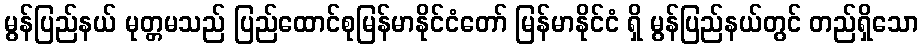
မွန်ပြည်နယ် မုတ္တမသည် ပြည်ထောင်စုမြန်မာနိုင်ငံတော် မြန်မာနိုင်ငံ ရှိ မွန်ပြည်နယ်တွင် တည်ရှိသော